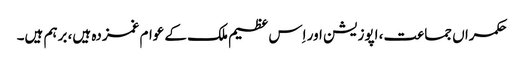
حکمراں جماعت، اپوزیشن اور اِس عظیم ملک کے عوام غمزدہ ہیں، برہم ہیں۔